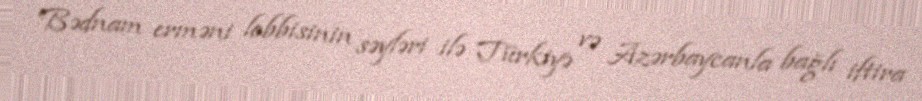
Bədnam erməni lobbisinin səyləri ilə Türkiyə və Azərbaycanla bağlı iftira